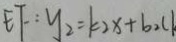
E F : y _ { 2 } = k _ { 2 } x + b _ { 2 } c k